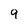
Character: 9